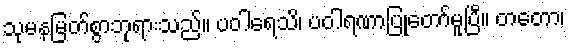
သုမနမြတ်စွာဘုရားသည်။ ပဝါရေသိ၊ ပဝါရဏာပြုတော်မူပြီ။ တတော၊